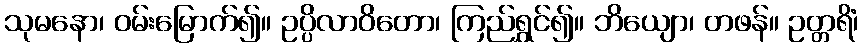
သုမနော၊ ဝမ်းမြောက်၍။ ဥပ္ပိလာဝိတော၊ ကြည်ရွှင်၍။ ဘိယျော၊ တဖန်။ ဥတ္တရိံ၊